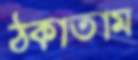
ঠকাতাম